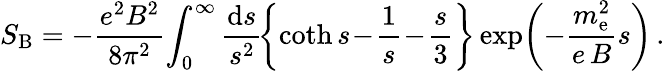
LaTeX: S_{\mathrm{B}}=-\frac{e^{2}B^{2}}{8\pi^{2}}\! \int_{0}^{\infty}\frac{\mathrm{d}s}{s^{2}}\! \left\{ \coth s\! -\! \frac{1}{s}\! -\! \frac{s}{3}\right\} \exp\! \left(-\frac{m_{\mathrm{e}}^{2}}{e\, B}s\right)\, .